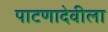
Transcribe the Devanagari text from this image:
पाटणादेवीला